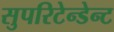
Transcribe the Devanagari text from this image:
सुपरिटेन्डेन्ट